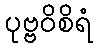
ပုဗ္ဗဝိစိရံ